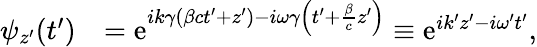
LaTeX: \begin{array}{rl}{\psi_{z^{\prime}}(t^{\prime})}&{=\mathrm{e}^{ik\gamma\left(\beta ct^{\prime}+z^{\prime}\right)-i\omega\gamma\left(t^{\prime}+\frac{\beta}{c}z^{\prime}\right)}\equiv\mathrm{e}^{ik^{\prime}z^{\prime}-i\omega^{\prime}t^{\prime}},}\end{array}